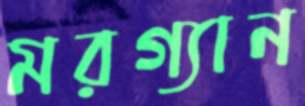
মরগ্যান